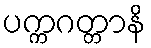
ပက္ကဂတ္တာနိ